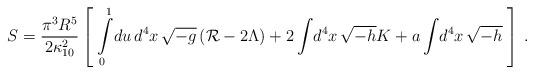
LaTeX: \begin{align*}S = {\pi^3 R^5\over 2 \kappa^2_{10}}\left[ \; \int\limits_{0}^{1}\!du\, d^4x\, \sqrt{-g}\left( {\cal R} - 2\Lambda\right) + 2 \int\! d^4x\, \sqrt{-h} K + a \int\! d^4x\, \sqrt{-h} \; \right]\,.\end{align*}